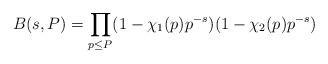
LaTeX: \begin{align*} B(s,P)=\prod_{p\leq P}(1-\chi_{1}(p)p^{-s})(1-\chi_{2}(p)p^{-s}) \end{align*}